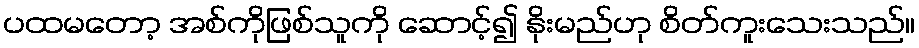
ပထမတော့ အစ်ကိုဖြစ်သူကို ဆောင့်၍ နိုးမည်ဟု စိတ်ကူးသေးသည်။